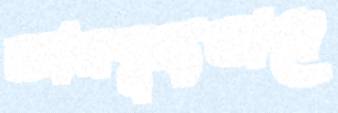
জ্ঞানশূন্যভাবে